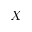
X